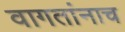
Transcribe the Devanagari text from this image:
वागतांनाच